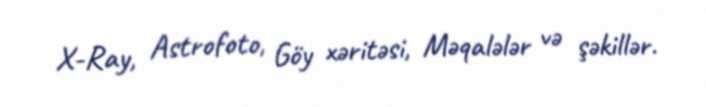
X-Ray, Astrofoto, Göy xəritəsi, Məqalələr və şəkillər.